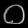
Digit: ၀